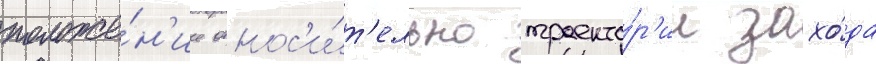
положе́н'ие относ'и́т'ельно траекто́р'ии захо́да